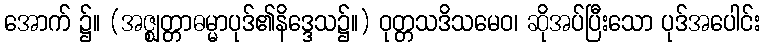
အောက် ၌။ (အဇ္ဈတ္တာဓမ္မာပုဒ်၏နိဒ္ဒေသ၌။) ဝုတ္တသဒိသမေဝ၊ ဆိုအပ်ပြီးသော ပုဒ်အပေါင်း